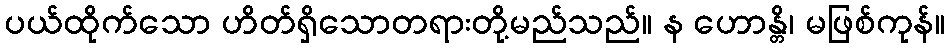
ပယ်ထိုက်သော ဟိတ်ရှိသောတရားတို့မည်သည်။ န ဟောန္တိ၊ မဖြစ်ကုန်။